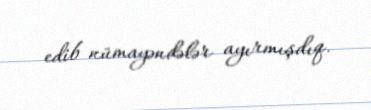
edib nümayəndələr ayırmışdıq.